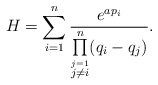
\begin{align*} H=\sum_{i=1}^n\frac{ e^{a p_i}}{\prod\limits_{\stackrel{j=1}{j\neq i}}^n (q_i-q_j)} .\end{align*}